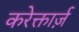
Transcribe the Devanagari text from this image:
करेक्तार्ज़